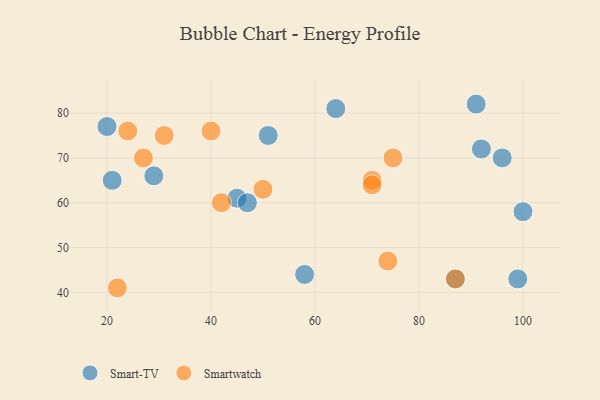
{"axis": {"x": "GDP", "y": "Life Expectancy"}, "legend": ["Smart-TV", "Smartwatch"], "data": [{"x": "45", "y": 61, "type": "Smart-TV"}, {"x": "64", "y": 81, "type": "Smart-TV"}, {"x": "96", "y": 70, "type": "Smart-TV"}, {"x": "100", "y": 58, "type": "Smart-TV"}, {"x": "99", "y": 43, "type": "Smart-TV"}, {"x": "87", "y": 43, "type": "Smart-TV"}, {"x": "92", "y": 72, "type": "Smart-TV"}, {"x": "29", "y": 66, "type": "Smart-TV"}, {"x": "47", "y": 60, "type": "Smart-TV"}, {"x": "58", "y": 44, "type": "Smart-TV"}, {"x": "21", "y": 65, "type": "Smart-TV"}, {"x": "51", "y": 75, "type": "Smart-TV"}, {"x": "20", "y": 77, "type": "Smart-TV"}, {"x": "91", "y": 82, "type": "Smart-TV"}, {"x": "31", "y": 75, "type": "Smartwatch"}, {"x": "27", "y": 70, "type": "Smartwatch"}, {"x": "87", "y": 43, "type": "Smartwatch"}, {"x": "22", "y": 41, "type": "Smartwatch"}, {"x": "42", "y": 60, "type": "Smartwatch"}, {"x": "24", "y": 76, "type": "Smartwatch"}, {"x": "40", "y": 76, "type": "Smartwatch"}, {"x": "71", "y": 65, "type": "Smartwatch"}, {"x": "50", "y": 63, "type": "Smartwatch"}, {"x": "71", "y": 64, "type": "Smartwatch"}, {"x": "75", "y": 70, "type": "Smartwatch"}, {"x": "74", "y": 47, "type": "Smartwatch"}]}